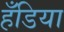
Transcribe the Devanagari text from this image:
हँडिया